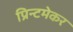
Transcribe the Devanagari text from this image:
प्रिन्टमेकर